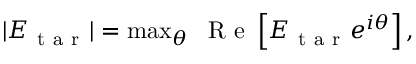
\begin{array} { r } { | E _ { \mathrm { ~ t ~ a ~ r ~ } } | = \operatorname* { m a x } _ { \theta } \ \mathrm { ~ R ~ e ~ } \left[ E _ { \mathrm { ~ t ~ a ~ r ~ } } e ^ { i \theta } \right] , } \end{array}